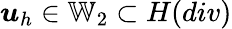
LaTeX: \boldsymbol{u}_{h}\in\mathbb{W}_{2}\subset H(div)